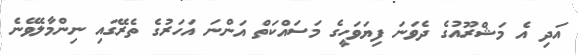
އަދި އެ މަޝްރޫއުގެ ދެވަނަ ފިޔަވަހީގެ މަސައްކަތް އަންނަ އަހަރުގެ ތެރޭގައި ނިންމާލެވޭނެ